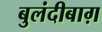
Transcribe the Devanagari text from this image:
बुलंदीबाग़